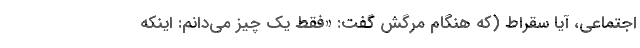
اجتماعی، آیا سقراط (که هنگام مرگش گفت: «فقط یک چیز می‌دانم: اینکه